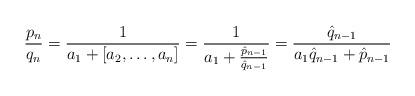
LaTeX: \begin{align*}\frac{p_n}{q_n}=\frac{1}{a_1+[a_2,\ldots,a_n]}=\frac{1}{a_1+\frac{\hat{p}_{n-1}}{\hat{q}_{n-1}}}=\frac{\hat{q}_{n-1}}{a_1\hat{q}_{n-1}+\hat{p}_{n-1}}\end{align*}